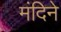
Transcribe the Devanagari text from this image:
मंदिने